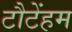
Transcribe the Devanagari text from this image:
टौटेंहम